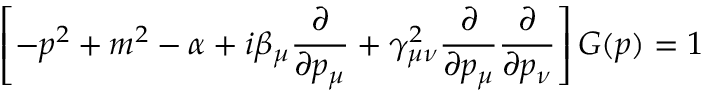
\left[ - p ^ { 2 } + m ^ { 2 } - \alpha + i \beta _ { \mu } \frac { \partial } { \partial p _ { \mu } } + \gamma _ { \mu \nu } ^ { 2 } \frac { \partial } { \partial p _ { \mu } } \frac { \partial } { \partial p _ { \nu } } \right] G ( p ) = 1